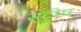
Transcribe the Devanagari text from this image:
स्‍ट्रीप